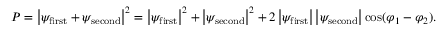
P = \left| \psi _ { \mathrm { f i r s t } } + \psi _ { \mathrm { s e c o n d } } \right| ^ { 2 } = \left| \psi _ { \mathrm { f i r s t } } \right| ^ { 2 } + \left| \psi _ { \mathrm { s e c o n d } } \right| ^ { 2 } + 2 \left| \psi _ { \mathrm { f i r s t } } \right| \left| \psi _ { \mathrm { s e c o n d } } \right| \cos ( \varphi _ { 1 } - \varphi _ { 2 } ) .